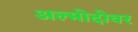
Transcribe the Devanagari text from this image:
अल्मोदोवर